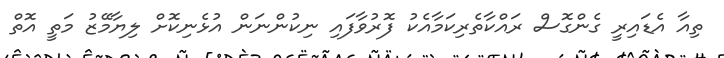
ތިއާ އެޑައިރީ ގެންގޮސް ރައްކާތެރިކަމާއެކު ފޮރުވާފައި ނިކުންނަން އުޅެނިކޮށް ލިޔާމޭޒު މަތީ އޮތް